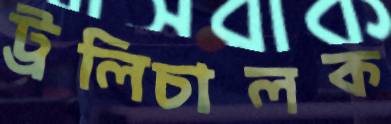
ট্রলিচালক